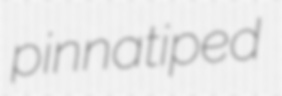
pinnatiped